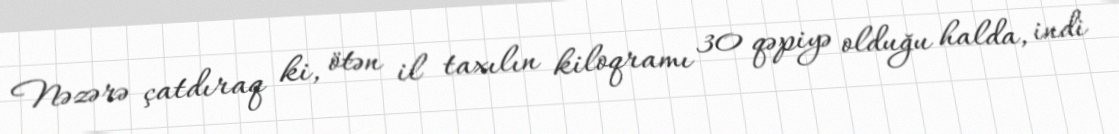
Nəzərə çatdıraq ki, ötən il taxılın kiloqramı 30 qəpiyə olduğu halda, indi